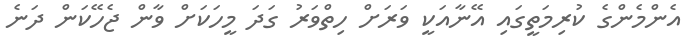
އެންމެންގެ ކުރިމަތީގައި އޭނާއަކީ ވަރަށް ހިތްވަރު ގަދަ މީހަކަށް ވާން ޖެހޭކަން ދަނެ